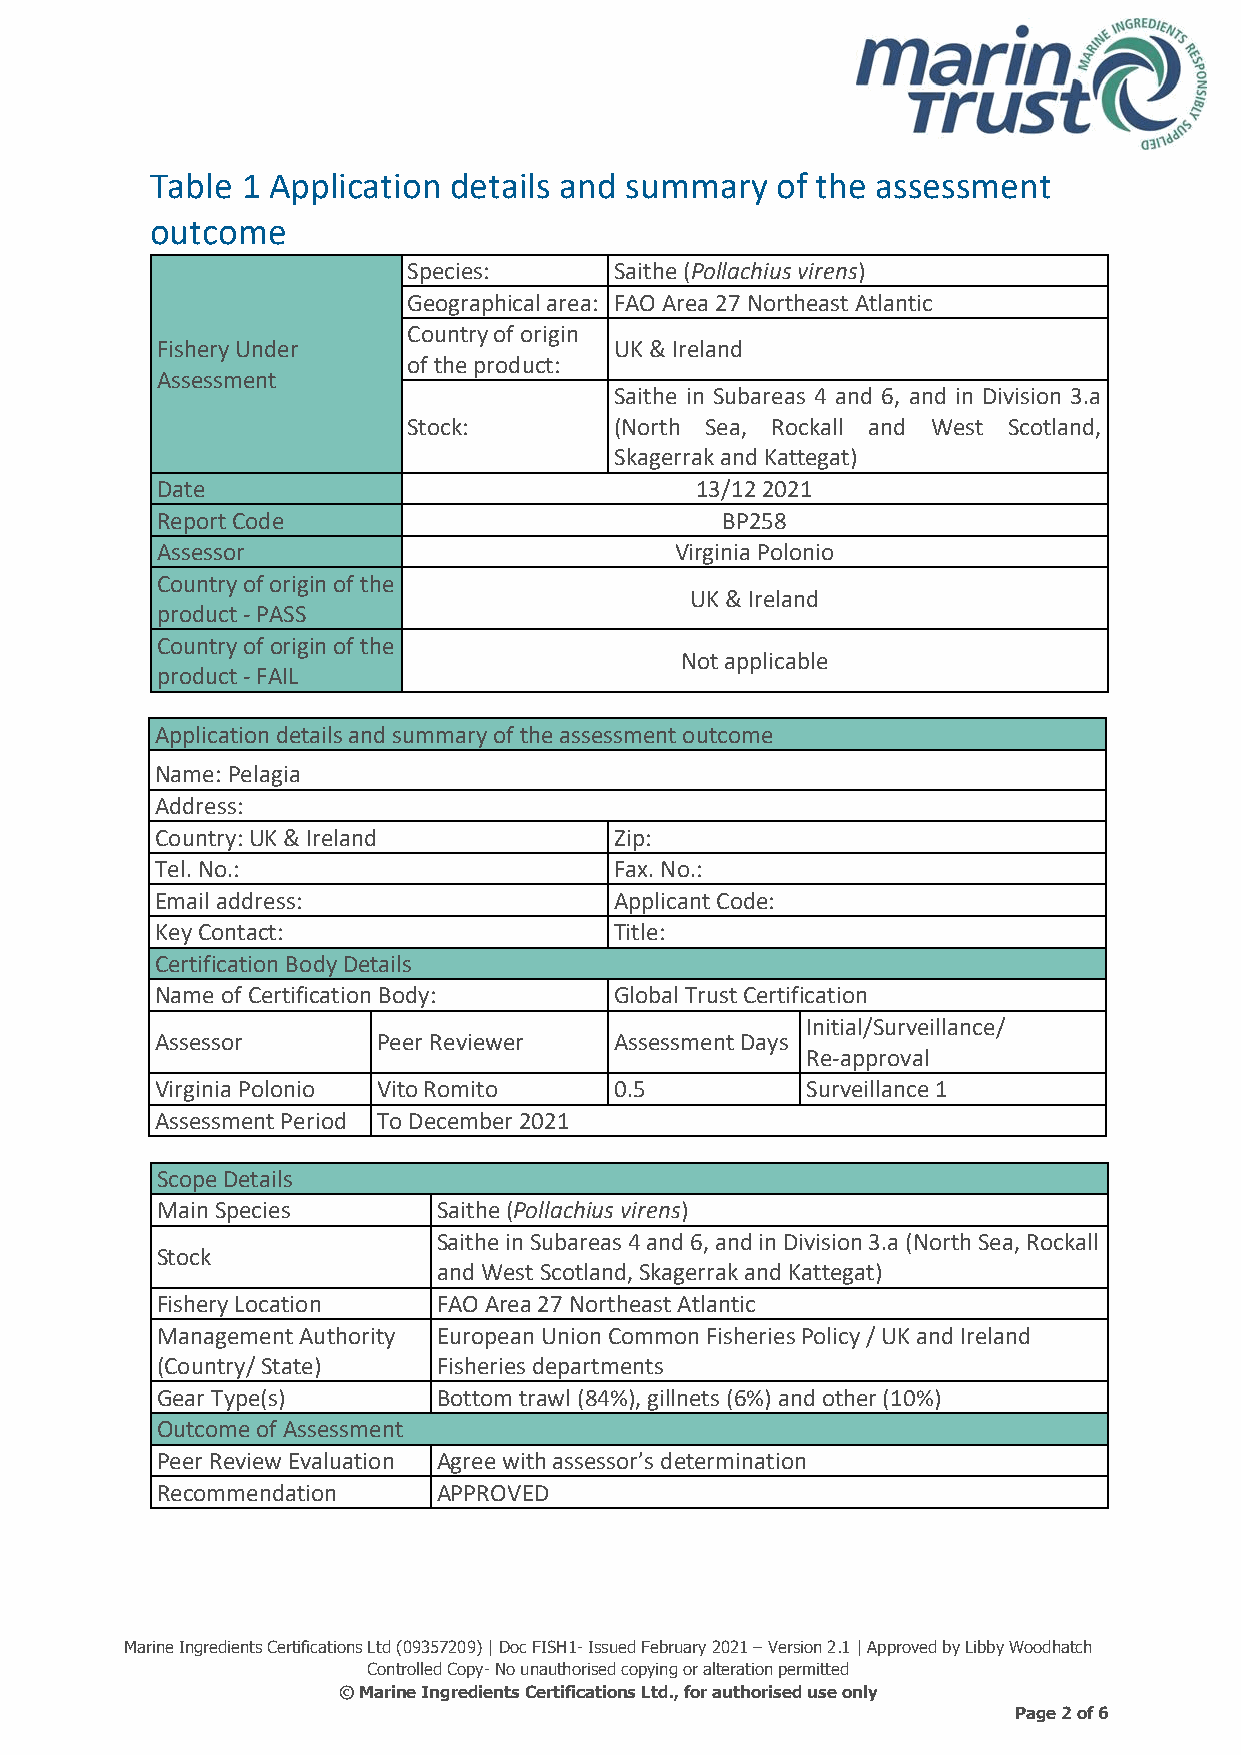
Table 1 Application details and summary  of the assessment
 outcome
 Species:      Saithe (Pollachius virens)
 Geographical area: FAO Area 27 Northeast Atlantic
 Country of origin
 Fishery Under                  UK & Ireland
 of the product:
 Assessment
 Saithe in Subareas 4 and 6, and in Division 3.a
 Stock:        (North Sea, Rockall and West Scotland,
 Skagerrak and Kattegat)
 Date                                13/12 2021
 Report Code                           BP258
 Assessor                           Virginia Polonio
 Country of origin of the
 UK & Ireland
 product - PASS
 Country of origin of the
 Not applicable
 product - FAIL
 Application details and summary of the assessment outcome
 Name: Pelagia
 Address:
 Country: UK & Ireland          Zip:
 Tel. No.:                      Fax. No.:
 Email address:                 Applicant Code:
 Key Contact:                   Title:
 Certification Body Details
 Name of Certification Body:    Global Trust Certification
 Initial/Surveillance/
 Assessor       Peer Reviewer   Assessment Days
 Re-approval
 Virginia Polonio Vito Romito   0.5         Surveillance 1
 Assessment Period To December 2021
 Scope Details
 Main Species       Saithe (Pollachius virens)
 Saithe in Subareas 4 and 6, and in Division 3.a (North Sea, Rockall
 Stock
 and West Scotland, Skagerrak and Kattegat)
 Fishery Location   FAO Area 27 Northeast Atlantic
 Management Authority European Union Common Fisheries Policy / UK and Ireland
 (Country/ State)   Fisheries departments
 Gear Type(s)       Bottom trawl (84%), gillnets (6%) and other (10%)
 Outcome of Assessment
 Peer Review Evaluation Agree with assessor’s determination
 Recommendation     APPROVED
 Marine Ingredients Certifications Ltd (09357209) | Doc FISH1- Issued February 2021 – Version 2.1 | Approved by Libby Woodhatch
 Controlled Copy- No unauthorised copying or alteration permitted
 © Marine Ingredients Certifications Ltd., for authorised use only
 Page 2 of 6